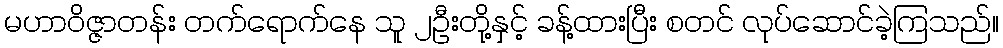
မဟာဝိဇ္ဇာတန်း တက်ရောက်နေ သူ ၂ဦးတို့နှင့် ခန့်ထားပြီး စတင် လုပ်ဆောင်ခဲ့ကြသည်။